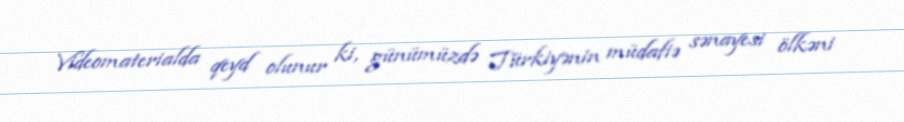
Videomaterialda qeyd olunur ki, günümüzdə Türkiyənin müdafiə sənayesi ölkəni